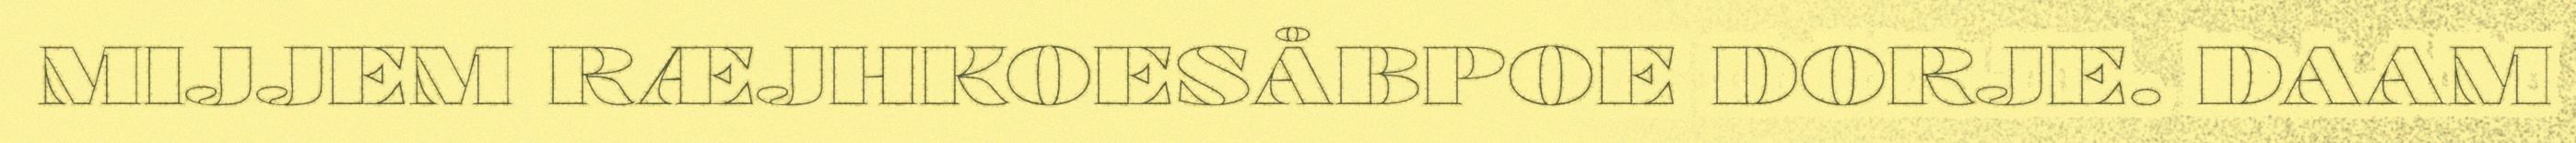
MIJJEM RÆJHKOESÅBPOE DORJE. DAAM